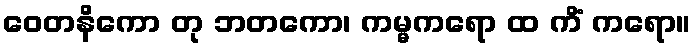
ဝေတနိကော တု ဘတကော၊ ကမ္မကရော ထ ကိံ ကရော။